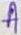
Text: A